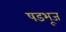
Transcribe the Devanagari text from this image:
षडभूज